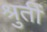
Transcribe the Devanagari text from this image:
श्रुतीं